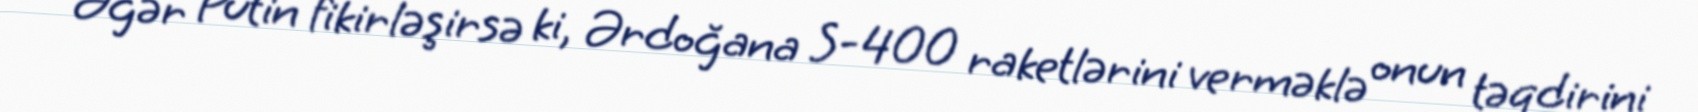
“Əgər Putin fikirləşirsə ki, Ərdoğana S-400 raketlərini verməklə onun təqdirini